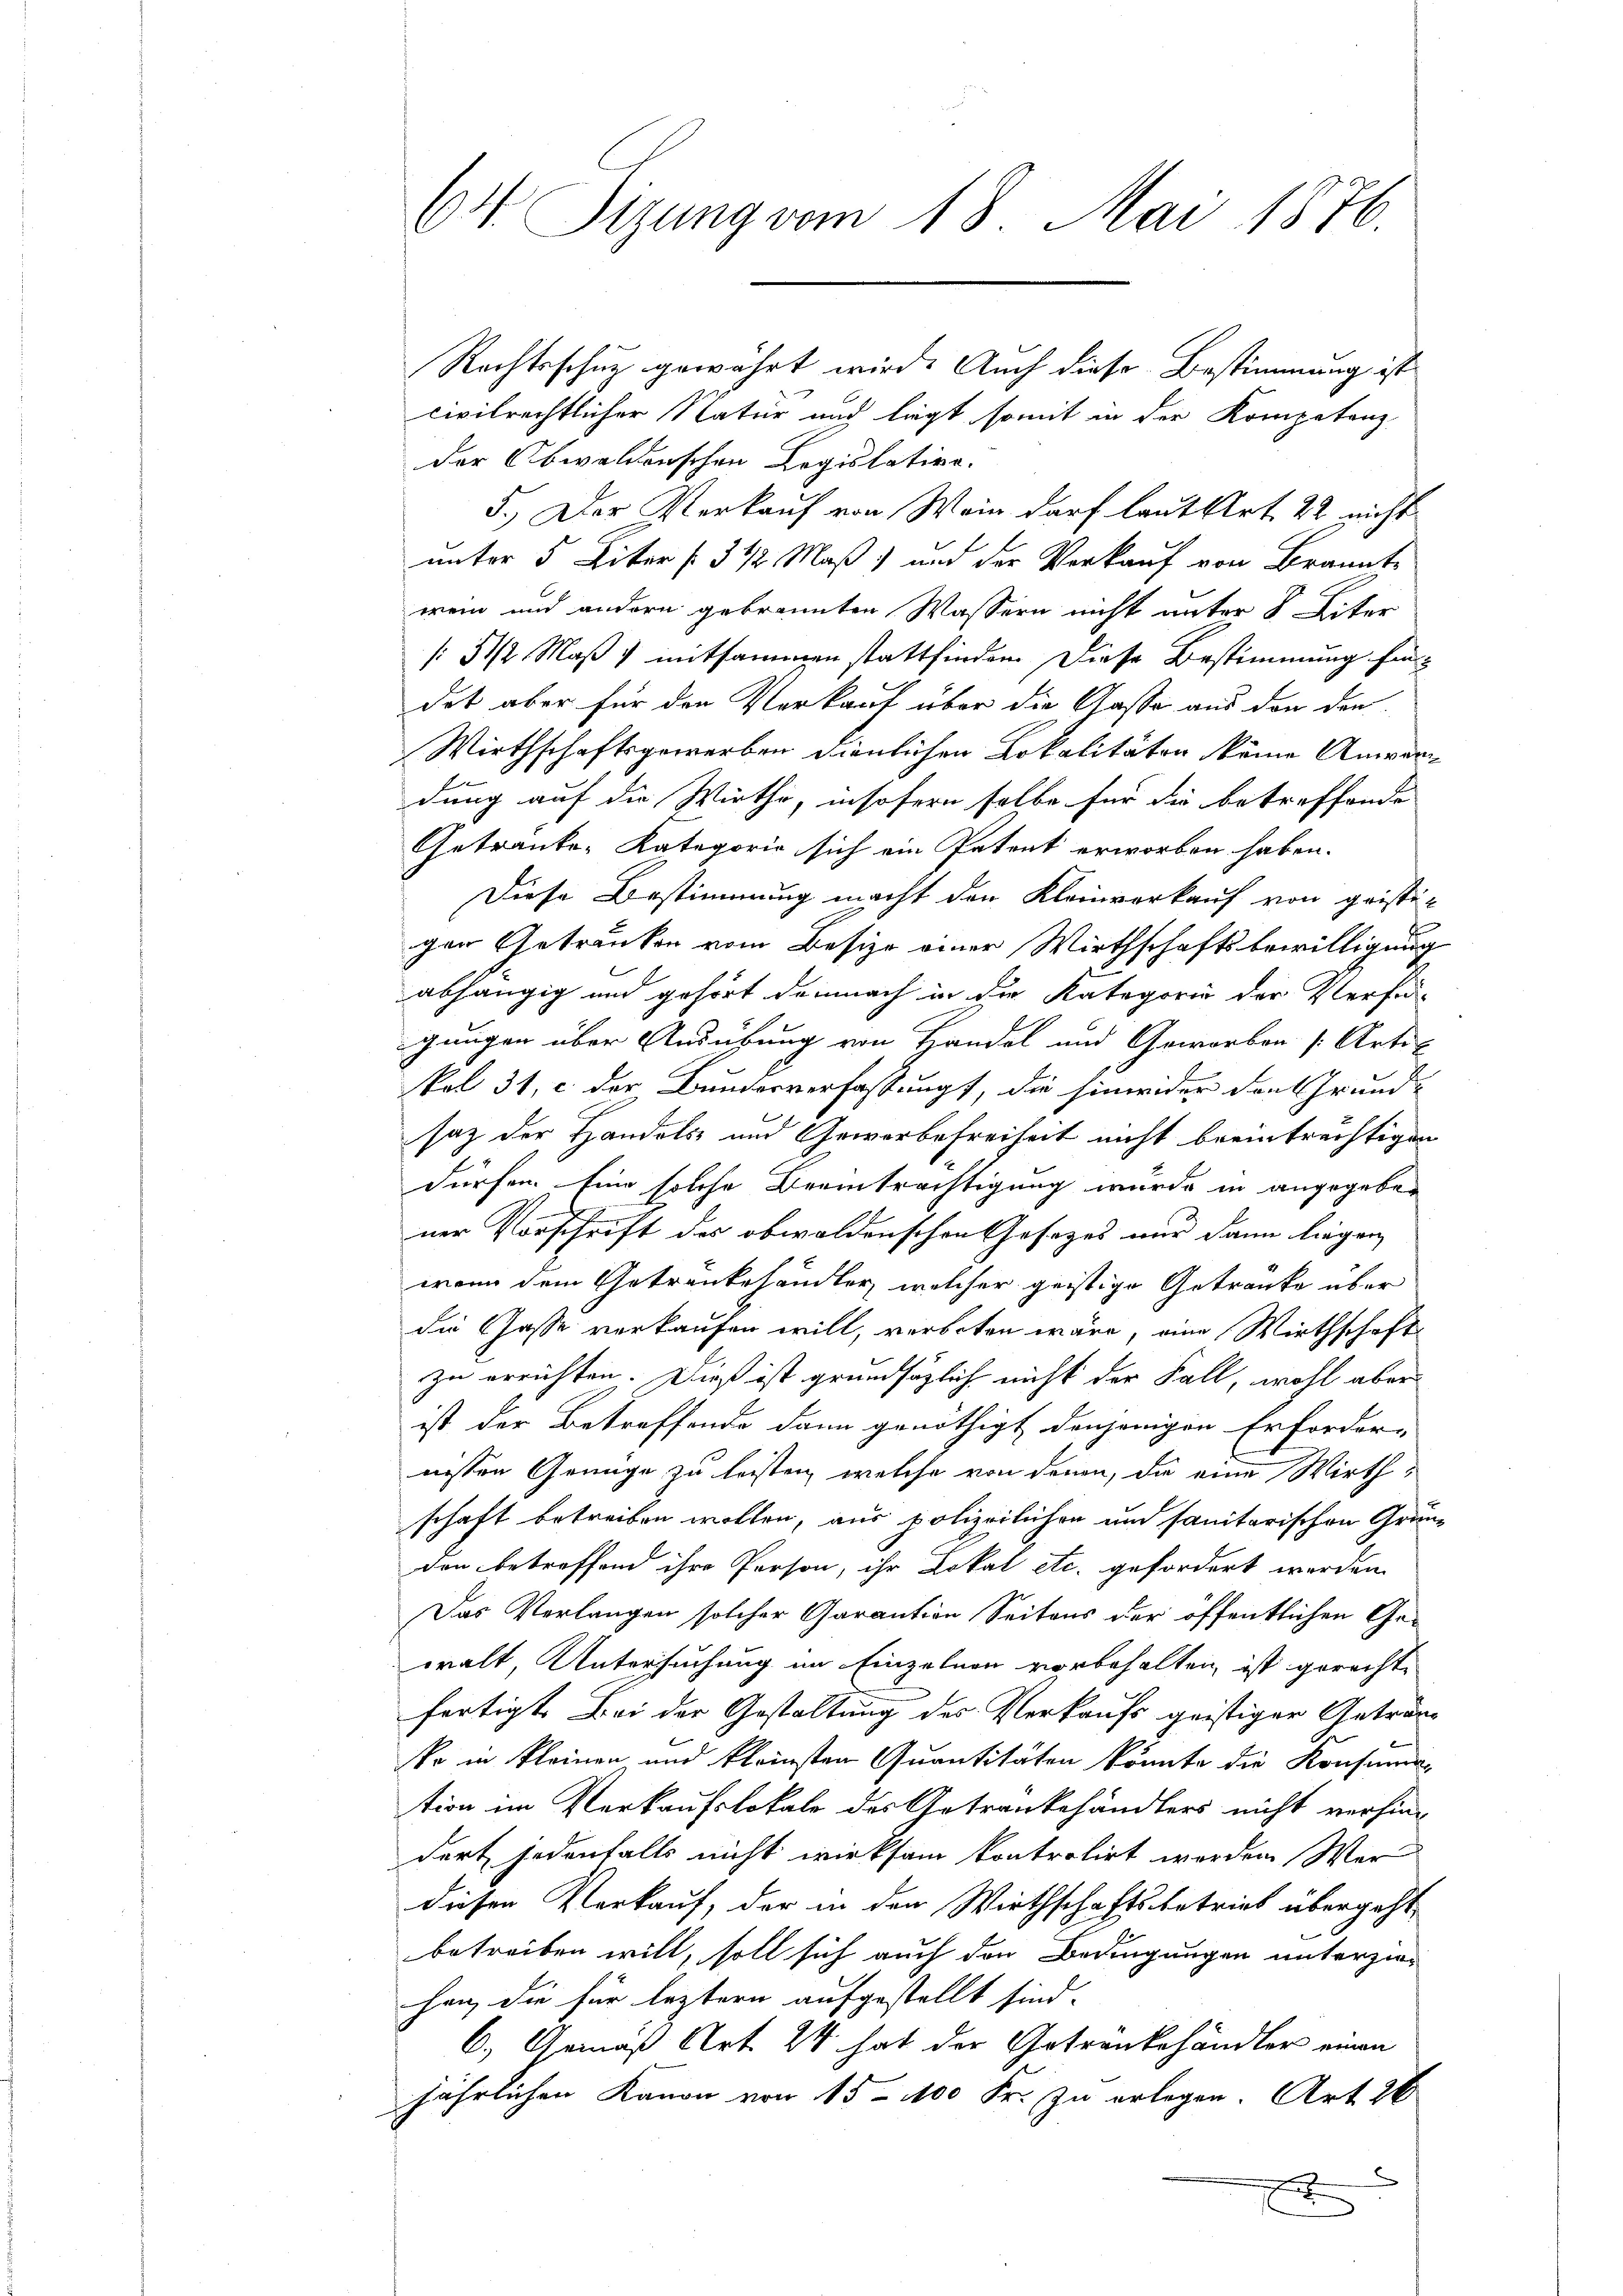
64. Sizung vom 18. Mai 1876.

civilrechtlicher Natur und liegt somit in der Kompetenz,
der Obwaldenschen Legislative.
5.) Der Verkauf von Wein darf laut Art. 22 nicht
unter 5 Liter /: 3 1/2 Maß und der Verkauf von Brannte
wein und andern gebrannten Wassern nicht unter 8 Liter
/5 1/2 Maß & mitsammen stattfinden. Diese Bestimmung findet aber für den Verkauf über die Gasse aus der den
Wirthschaftsgewerben dienlichen Lokalitäten keine Anwer¬
E
dung auf die Wirthe, insofern selbe für die betreffende
Getränke, Kategorie sich ein Patent erworben haben.
Diese Bestimmung macht den Kleinverkauf von gristi-
f
gen Getrucken vom Besize einer Wirthschaftsbewilligung
abhängig und gehört demnach in die Kategorie der Verfü-
gangen über Ausübung von Handel und Geworben [Arte
kol 31, c. der Bunderverfassung, die hinwider den Grund-
saz der Handels und Geworbefreiheit nicht beeinträchtigen
dürfen. Eine solche Beeinträchtigung wurde in angegeben
ner Vorschrift der obwoldenschen Gesetzes nur dann liegen,
wenn dem Getrenbehändler, welcher geistige Getränke über
die Casse verkaufen will, verboten wäre, eine Wirthschaft
zu errichten. Dieß ist grundsätzlich nicht der Fall, wohl aber
ist der Betreffende dann genöthigt denjenigen Erforder-
nessen Genüge zu leisten, welche von denen, die eine Wirthschaft betreiben wollen, aus polizeilichen und sanitarischen Grunden betreffend ihre Person, ihr Lokal etc. gefordert werden.
Das Verlangen solcher Garantion Seitens der öffentlichen Gewalt, Untersuchung im Einzelnen vorbehalten, ist gerechte
fertigt. Bei der Gestaltung des Verkaufs geistiger Getränko in kleinen und kleinsten Quantitäten könnte die Konsuman
tion im Verkaufslokale des Antrankehändlers nicht verhin-
dert jedenfalls nicht wirksam kontrolirt werden Wer
diesen Verkauf, der in den Wirthschaftsbetrieb übergeht
betreiben will, soll sich auch den Bedingungen unterziehen, die für leztern aufgestellt sind.
6.) Gemäß Art. 24 hat der Getrankehändler einen
jährlichen Kanon von 15 - 100 Fr. zu erlegen. Art. 26
x

Rechtsschutz gewährt wird. Auch diese Bestimmung ist